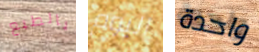
بالطبع اليوم واحدة